Bombay plague: being a history of the progress of plague in the Bombay presidency from September 1896 to June 1899
Year: 1896
Disease focus: Plague
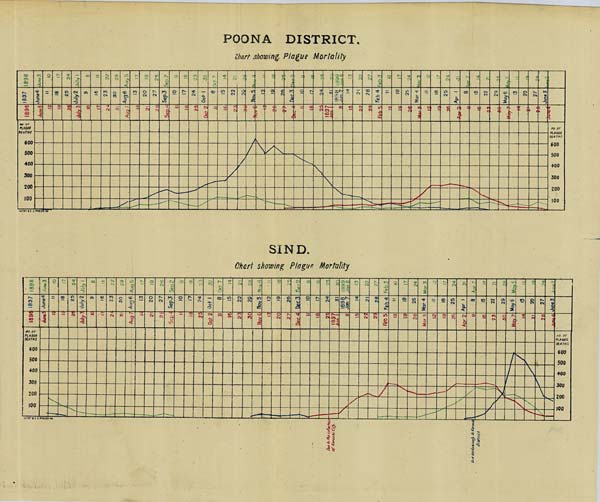
POONA DISTRICT.
Chart showing Plague Mortality
SIND.
Chart showing Plague Mortality